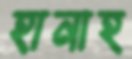
হানাহ